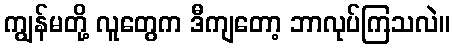
ကျွန်မတို့ လူတွေက ဒီကျတော့ ဘာလုပ်ကြသလဲ။